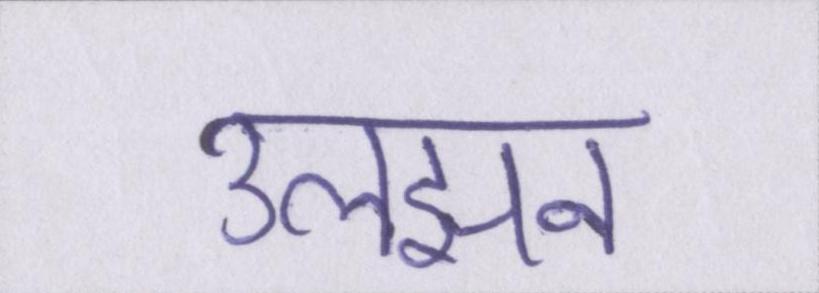
उलझन